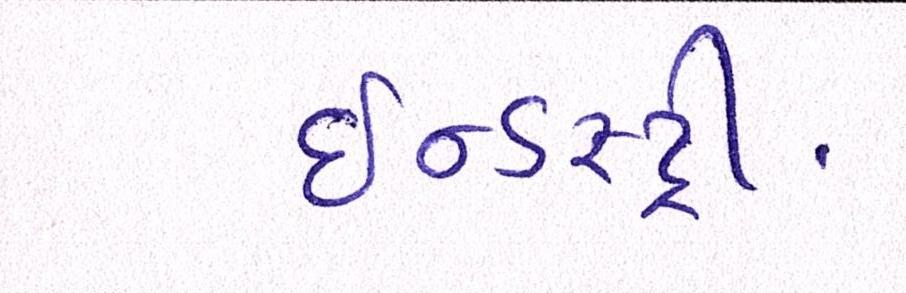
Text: ઈન્ડસ્ટ્રી